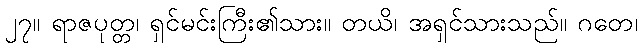
၂၇။ ရာဇပုတ္တ၊ ရှင်မင်းကြီး၏သား။ တယိ၊ အရှင်သားသည်။ ဂတေ၊